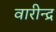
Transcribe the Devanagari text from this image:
वारीन्द्र